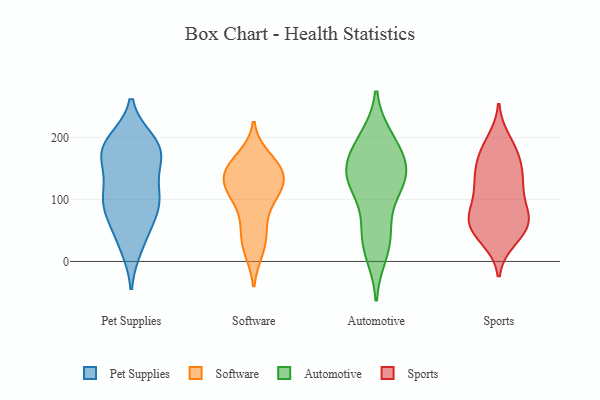
{"axis": {"x": "Demand Index", "y": "Value"}, "legend": ["Automotive", "Pet Supplies", "Software", "Sports"], "data": [{"x": "", "y": 93, "type": "Pet Supplies"}, {"x": "", "y": 96, "type": "Pet Supplies"}, {"x": "", "y": 66, "type": "Pet Supplies"}, {"x": "", "y": 97, "type": "Pet Supplies"}, {"x": "", "y": 191, "type": "Pet Supplies"}, {"x": "", "y": 193, "type": "Pet Supplies"}, {"x": "", "y": 181, "type": "Pet Supplies"}, {"x": "", "y": 178, "type": "Pet Supplies"}, {"x": "", "y": 34, "type": "Pet Supplies"}, {"x": "", "y": 165, "type": "Pet Supplies"}, {"x": "", "y": 115, "type": "Pet Supplies"}, {"x": "", "y": 24, "type": "Pet Supplies"}, {"x": "", "y": 119, "type": "Pet Supplies"}, {"x": "", "y": 175, "type": "Pet Supplies"}, {"x": "", "y": 81, "type": "Pet Supplies"}, {"x": "", "y": 169, "type": "Pet Supplies"}, {"x": "", "y": 150, "type": "Software"}, {"x": "", "y": 17, "type": "Software"}, {"x": "", "y": 98, "type": "Software"}, {"x": "", "y": 107, "type": "Software"}, {"x": "", "y": 133, "type": "Software"}, {"x": "", "y": 134, "type": "Software"}, {"x": "", "y": 159, "type": "Software"}, {"x": "", "y": 99, "type": "Software"}, {"x": "", "y": 151, "type": "Software"}, {"x": "", "y": 133, "type": "Software"}, {"x": "", "y": 58, "type": "Software"}, {"x": "", "y": 38, "type": "Software"}, {"x": "", "y": 135, "type": "Software"}, {"x": "", "y": 17, "type": "Software"}, {"x": "", "y": 113, "type": "Software"}, {"x": "", "y": 119, "type": "Software"}, {"x": "", "y": 158, "type": "Software"}, {"x": "", "y": 168, "type": "Software"}, {"x": "", "y": 54, "type": "Software"}, {"x": "", "y": 133, "type": "Automotive"}, {"x": "", "y": 175, "type": "Automotive"}, {"x": "", "y": 194, "type": "Automotive"}, {"x": "", "y": 44, "type": "Automotive"}, {"x": "", "y": 13, "type": "Automotive"}, {"x": "", "y": 28, "type": "Automotive"}, {"x": "", "y": 63, "type": "Automotive"}, {"x": "", "y": 126, "type": "Automotive"}, {"x": "", "y": 139, "type": "Automotive"}, {"x": "", "y": 175, "type": "Automotive"}, {"x": "", "y": 131, "type": "Automotive"}, {"x": "", "y": 198, "type": "Automotive"}, {"x": "", "y": 143, "type": "Automotive"}, {"x": "", "y": 128, "type": "Automotive"}, {"x": "", "y": 101, "type": "Sports"}, {"x": "", "y": 55, "type": "Sports"}, {"x": "", "y": 80, "type": "Sports"}, {"x": "", "y": 149, "type": "Sports"}, {"x": "", "y": 68, "type": "Sports"}, {"x": "", "y": 177, "type": "Sports"}, {"x": "", "y": 69, "type": "Sports"}, {"x": "", "y": 194, "type": "Sports"}, {"x": "", "y": 124, "type": "Sports"}, {"x": "", "y": 139, "type": "Sports"}, {"x": "", "y": 40, "type": "Sports"}, {"x": "", "y": 125, "type": "Sports"}, {"x": "", "y": 69, "type": "Sports"}, {"x": "", "y": 126, "type": "Sports"}, {"x": "", "y": 36, "type": "Sports"}, {"x": "", "y": 54, "type": "Sports"}, {"x": "", "y": 180, "type": "Sports"}, {"x": "", "y": 67, "type": "Sports"}, {"x": "", "y": 166, "type": "Sports"}]}